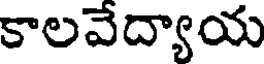
కాలవేద్యాయ